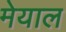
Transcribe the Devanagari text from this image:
मेयाल